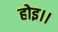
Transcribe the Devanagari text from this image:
होइ।।